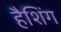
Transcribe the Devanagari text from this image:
हैशिंग